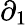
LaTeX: \partial_{1}